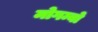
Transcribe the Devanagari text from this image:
मोगम्बो